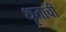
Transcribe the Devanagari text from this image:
धृताची